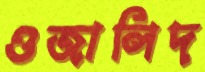
ওজালিদ